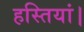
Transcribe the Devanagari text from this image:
हस्तियां।